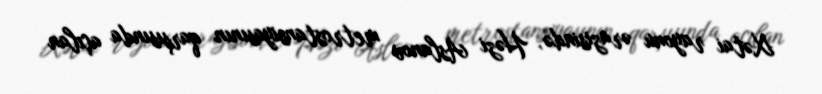
Xətai rayonu ərazisində, Həzi Aslanov metrostansiyasının qarşısında açılan